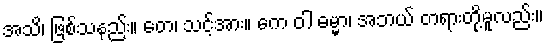
အသိ၊ ဖြစ်သနည်း။ တေ၊ သင့်အား။ ကေ ဝါ ဓမ္မာ၊ အဘယ် တရားတို့မူလည်း။